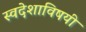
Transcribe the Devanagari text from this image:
स्वदेशाविषयी